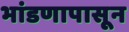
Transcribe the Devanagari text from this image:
भांडणापासून